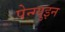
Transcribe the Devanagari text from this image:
पेन्ग्युइन